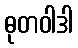
ဓုတဝါဒါ